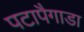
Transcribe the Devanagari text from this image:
पटापैगाडा